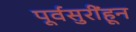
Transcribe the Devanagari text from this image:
पूर्वसुरींहून